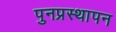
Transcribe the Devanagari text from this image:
पुनप्रस्थापन